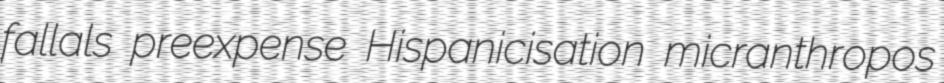
fallals preexpense Hispanicisation micranthropos